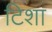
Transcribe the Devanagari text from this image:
टिशा